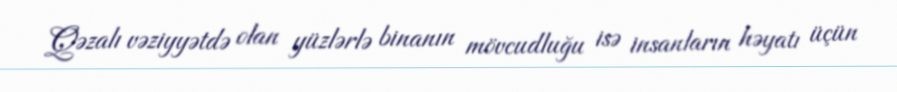
Qəzalı vəziyyətdə olan yüzlərlə binanın mövcudluğu isə insanların həyatı üçün